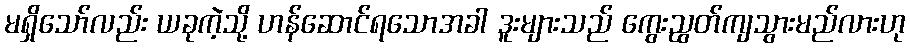
မရှိသော်လည်း ယခုကဲ့သို့ ဟန်ဆောင်ရသောအခါ ဒူးများသည် ကွေးညွတ်ကျသွားမည်လားဟု